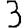
Digit: 3